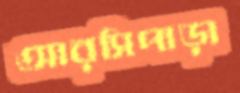
আরসিপাড়া